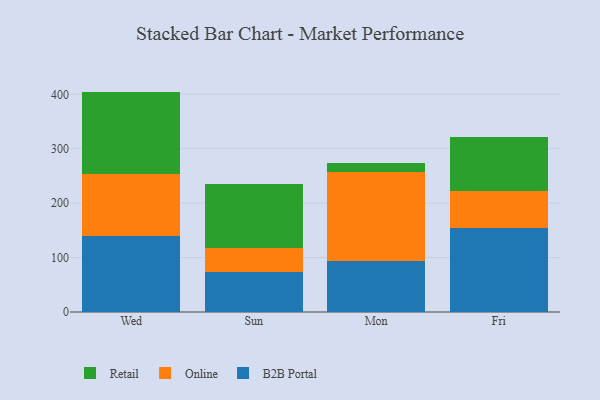
{"axis": {"x": "Day", "y": "Waste Production (Tons)"}, "legend": ["B2B Portal", "Online", "Retail"], "data": [{"x": "Wed", "y": 139.5, "type": "B2B Portal"}, {"x": "Wed", "y": 113.4, "type": "Online"}, {"x": "Wed", "y": 152.2, "type": "Retail"}, {"x": "Sun", "y": 73.1, "type": "B2B Portal"}, {"x": "Sun", "y": 43.7, "type": "Online"}, {"x": "Sun", "y": 119.1, "type": "Retail"}, {"x": "Mon", "y": 94.1, "type": "B2B Portal"}, {"x": "Mon", "y": 164.0, "type": "Online"}, {"x": "Mon", "y": 15.6, "type": "Retail"}, {"x": "Fri", "y": 153.8, "type": "B2B Portal"}, {"x": "Fri", "y": 68.9, "type": "Online"}, {"x": "Fri", "y": 98.5, "type": "Retail"}]}